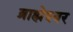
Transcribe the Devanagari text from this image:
ब्राह्मेश्‍वर